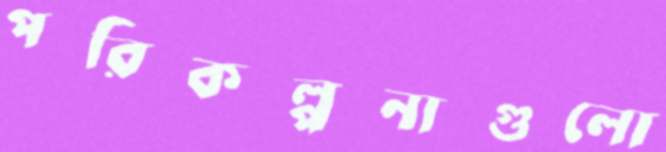
পরিকল্পনাগুলো